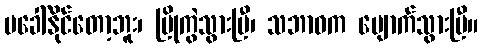
မခေါ်နိုင်တော့ဘူး၊ ပြိုကွဲသွားပြီ၊ သဘာဝက ပျောက်သွားပြီ။